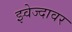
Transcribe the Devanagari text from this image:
झ्वेज्दावर